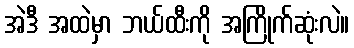
အဲဒီ အထဲမှာ ဘယ်ထီးကို အကြိုက်ဆုံးလဲ။